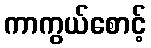
ကာကွယ်စောင့်